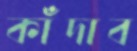
কাঁদাব